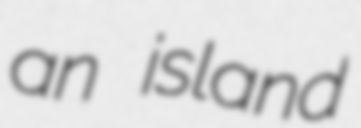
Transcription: an island